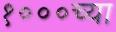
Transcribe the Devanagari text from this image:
१०००च्या